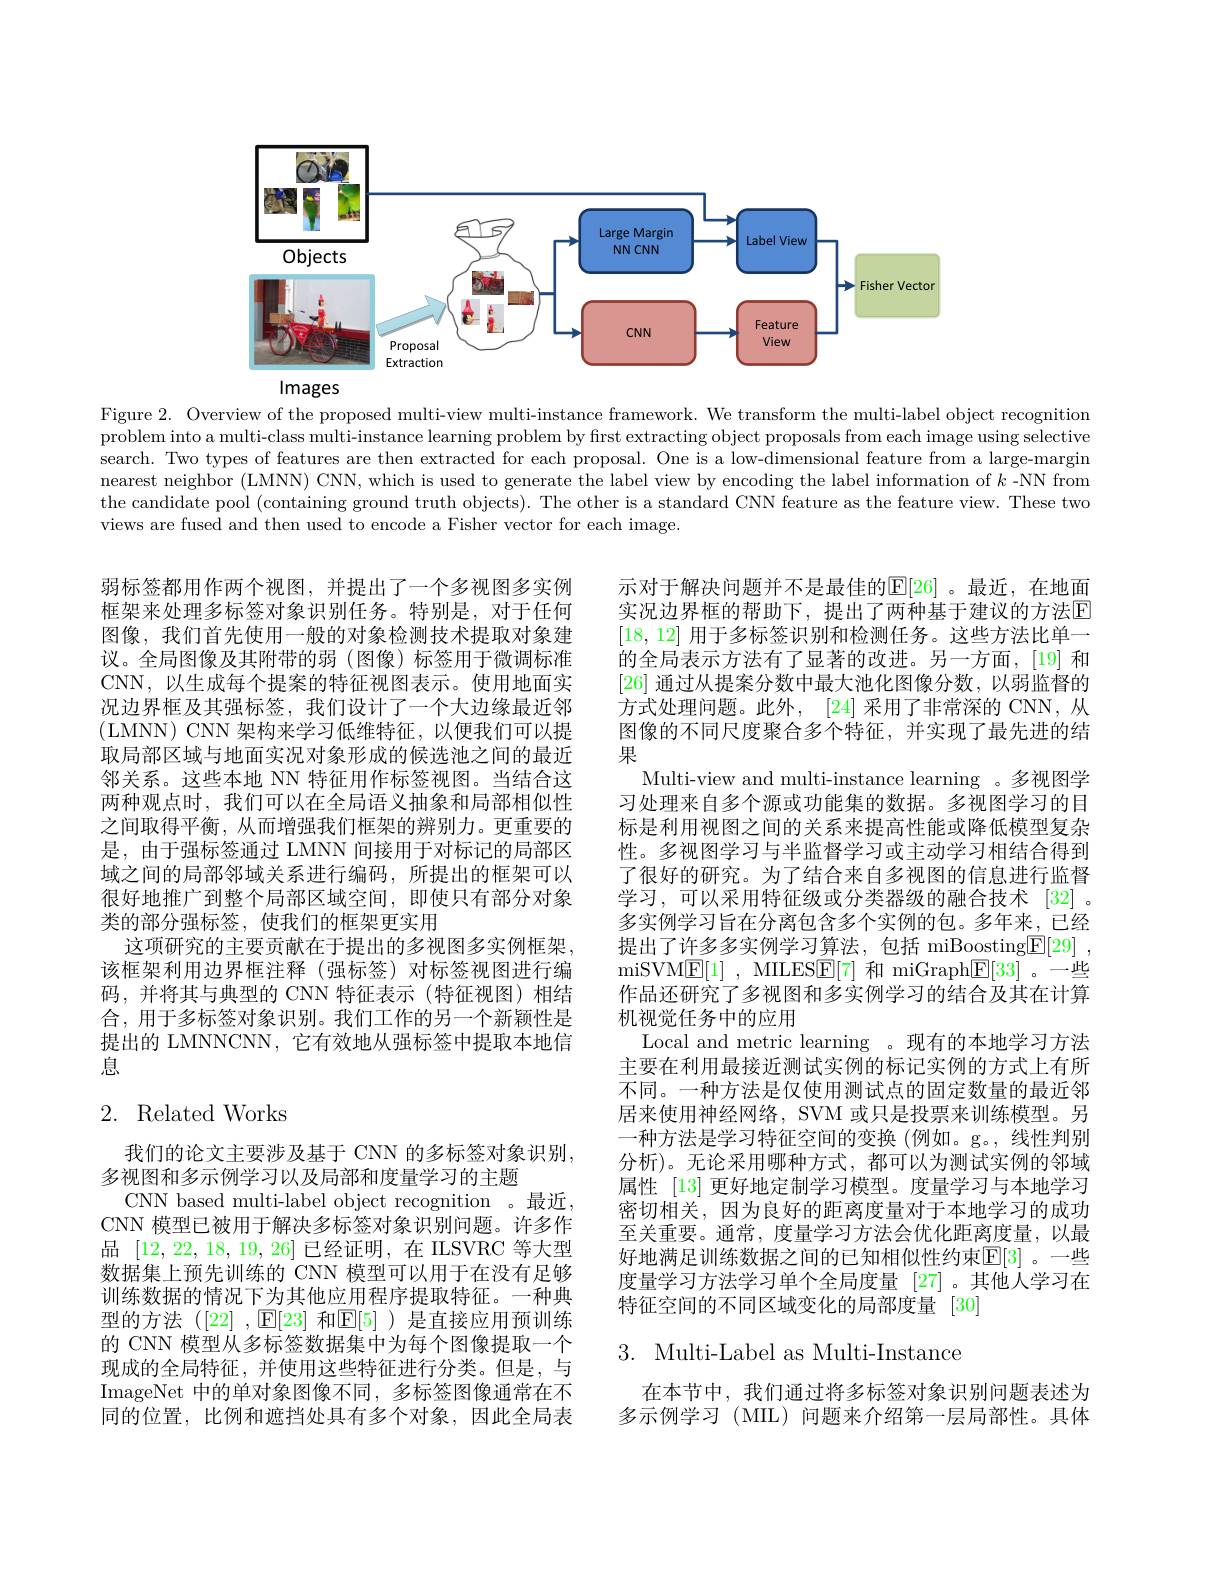
<FigureHere>

Figure 2. Overview of the proposed multi-view multi-instance framework. We transform the multi-label object recognition problem into a multi-class multi-instance learning problem by first extracting object proposals from each image using selective search. Two types of features are then extracted for each proposal. One is a low-dimensional feature from a large-margin nearest neighbor (LMNN) CNN, which is used to generate the label view by encoding the label information of $k$ -NN from the candidate pool (containing ground truth objects). The other is a standard CNN feature as the feature view. These two views are fused and then used to encode a Fisher vector for each image.

弱标签都用作两个视图，并提出了一个多视图多实例框架来处理多标签对象识别任务。特别是，对于任何图像，我们首先使用一般的对象检测技术提取对象建议。全局图像及其附带的弱(图像)标签用于微调标准CNN,以生成每个提案的特征视图表示。使用地面实况边界框及其强标签，我们设计了一个大边缘最近邻(LMNN) CNN 架构来学习低维特征，以便我们可以提取局部区域与地面实况对象形成的候选池之间的最近邻关系。这些本地 NN 特征用作标签视图。当结合这两种观点时，我们可以在全局语义抽象和局部相似性之间取得平衡，从而增强我们框架的辨别力。更重要的是，由于强标签通过 LMNN 间接用于对标记的局部区域之间的局部邻域关系进行编码，所提出的框架可以很好地推广到整个局部区域空间，即使只有部分对象类的部分强标签，使我们的框架更实用
这项研究的主要贡献在于提出的多视图多实例框架， 该框架利用边界框注释(强标签)对标签视图进行编码，并将其与典型的 CNN 特征表示 (特征视图)相结合，用于多标签对象识别。我们工作的另一个新颖性是提出的 LMNNCNN, 它有效地从强标签中提取本地信息

示对于解决问题并不是最佳的$\mathbb{E}[26]$ 。最近，在地面实况边界框的帮助下，提出了两种基于建议的方法$\mathbb{E}$ [18,12]用于多标签识别和检测任务。这些方法比单一的全局表示方法有了显著的改进。另一方面，[19] 和[26]通过从提案分数中最大池化图像分数，以弱监督的方式处理问题。此外，[24] 采用了非常深的 CNN, 从图像的不同尺度聚合多个特征，并实现了最先进的结果
Multi-view and multi-instance learning 。多视图学习处理来自多个源或功能集的数据。多视图学习的目标是利用视图之间的关系来提高性能或降低模型复杂性。多视图学习与半监督学习或主动学习相结合得到了很好的研究。为了结合来自多视图的信息进行监督学习，可以采用特征级或分类器级的融合技术[32]。多实例学习旨在分离包含多个实例的包。多年来，已经提出了许多多实例学习算法，包括 miBoosting$\underline {\mathrm{F} }[ 29]$ , miSVME[ 1] , MILESE[ 7] 和 miGraph$\overline \mathrm{F[ 33] }$。一些作品还研究了多视图和多实例学习的结合及其在计算机视觉任务中的应用
Local and metric learning 。现有的本地学习方法主要在利用最接近测试实例的标记实例的方式上有所不同。一种方法是仅使用测试点的固定数量的最近邻居来使用神经网络，SVM 或只是投票来训练模型。另一种方法是学习特征空间的变换(例如。g。,线性判别分析)。无论采用哪种方式，都可以为测试实例的邻域属性 [13] 更好地定制学习模型。度量学习与本地学习密切相关，因为良好的距离度量对于本地学习的成功至关重要。通常，度量学习方法会优化距离度量，以最好地满足训练数据之间的已知相似性约束$\mathbb{E}[3]$。一些度量学习方法学习单个全局度量[27]。其他人学习在特征空间的不同区域变化的局部度量[30]

## 2. Related Works

我们的论文主要涉及基于 CNN 的多标签对象识别，
多视图和多示例学习以及局部和度量学习的主题
CNN based multi-label object recognition 。最近， CNN 模型已被用于解决多标签对象识别问题。许多作品[12,22,18,19,26]已经证明，在 ILSVRC 等大型数据集上预先训练的 CNN 模型可以用于在没有足够训练数据的情况下为其他应用程序提取特征。一种典型的方法([22] ,$\mathbb{E}[23]$ 和$\mathbb{E}[5]$ )是直接应用预训练的 CNN 模型从多标签数据集中为每个图像提取一个现成的全局特征，并使用这些特征进行分类。但是，与ImageNet 中的单对象图像不同，多标签图像通常在不同的位置，比例和遮挡处具有多个对象，因此全局表

# 3. Multi-Label as Multi-Instance

在本节中，我们通过将多标签对象识别问题表述为多示例学习(MIL)问题来介绍第一层局部性。具体